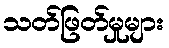
သတ်ဖြတ်မှုများ